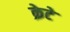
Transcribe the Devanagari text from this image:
क्रेटे